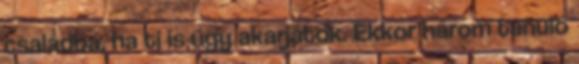
családba, ha ti is úgy akarjátok. Ekkor három tanuló